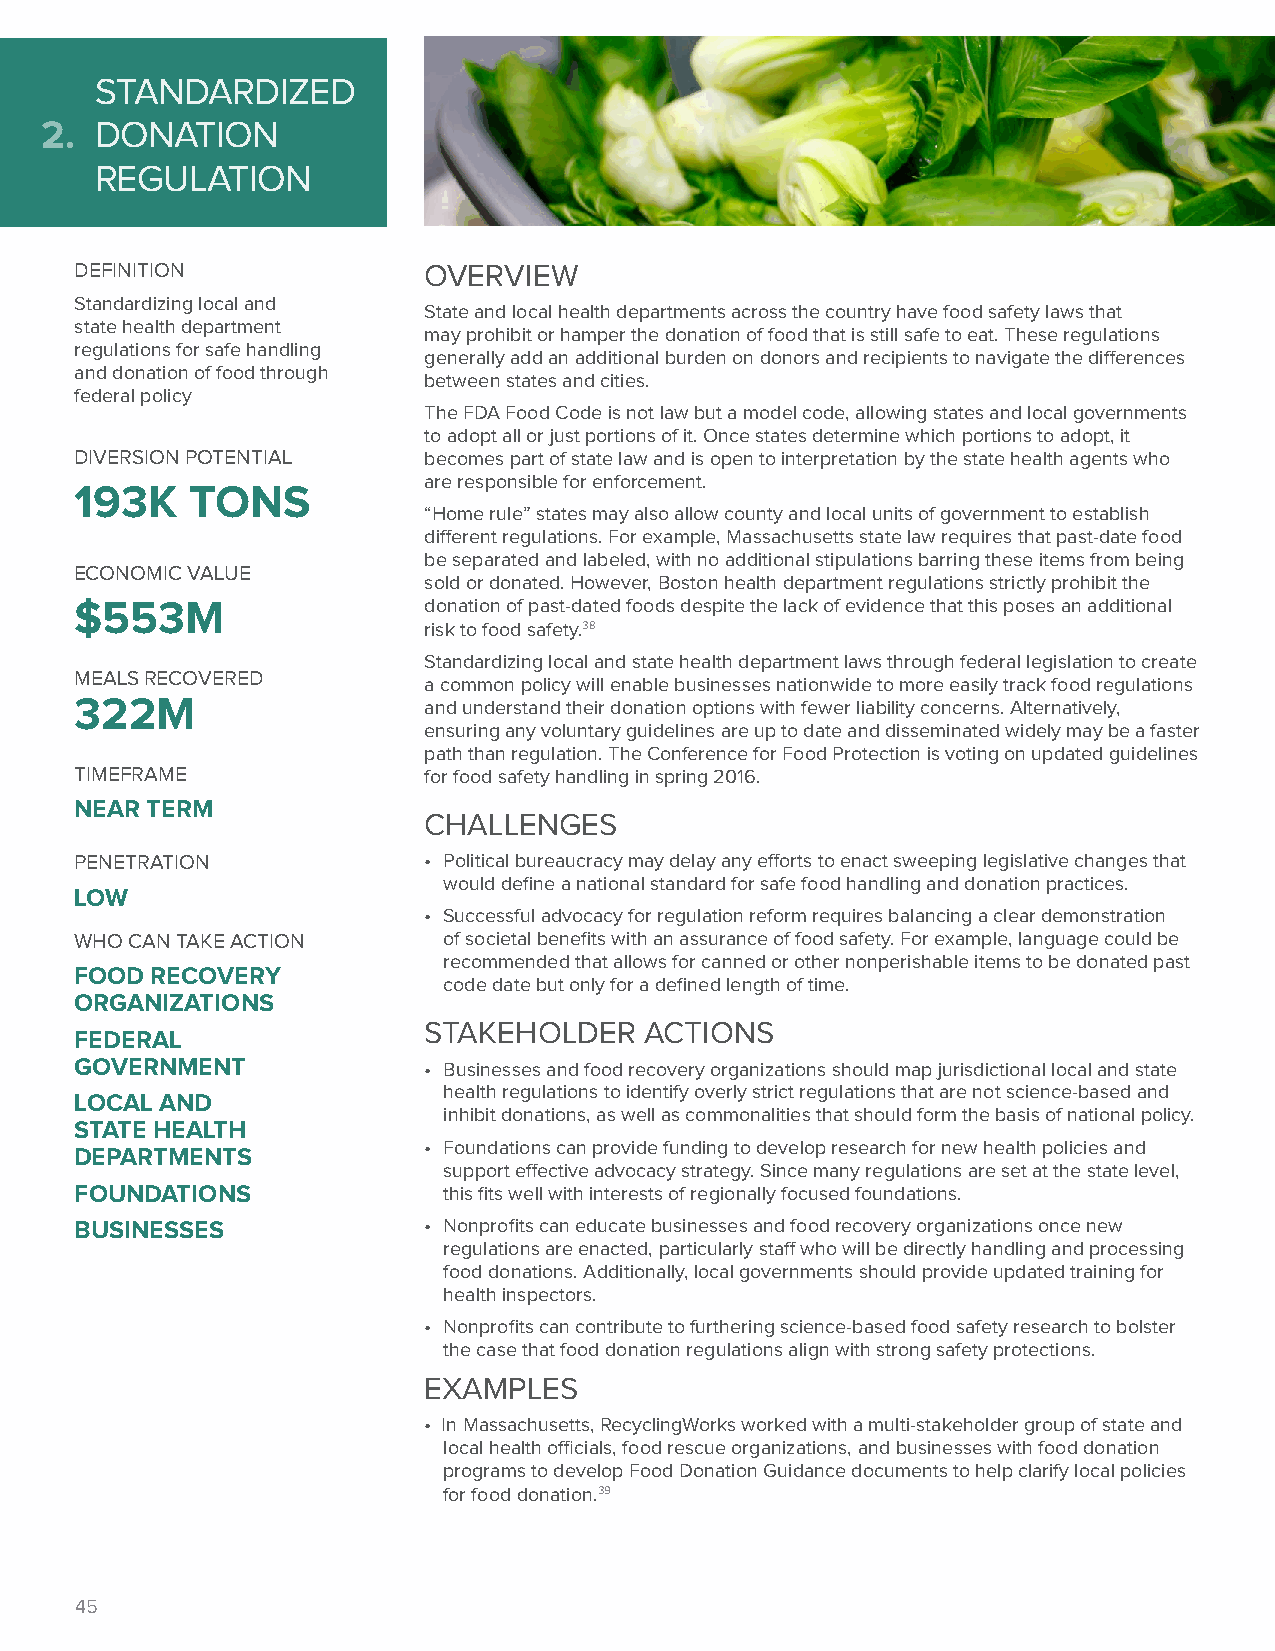
STANDARDIZED
 2. DONATION
 REGULATION
 DEFINITION             OVERVIEW
 Standardizing local and
 State and local health departments across the country have food safety laws that
 state health department
 may prohibit or hamper the donation of food that is still safe to eat. These regulations
 regulations for safe handling
 generally add an additional burden on donors and recipients to navigate the differences
 and donation of food through
 between states and cities.
 federal policy
 The FDA Food Code is not law but a model code, allowing states and local governments
 to adopt all or just portions of it. Once states determine which portions to adopt, it
 DIVERSION POTENTIAL    becomes part of state law and is open to interpretation by the state health agents who
 are responsible for enforcement.
 193K    TONS
 “Home rule” states may also allow county and local units of government to establish
 different regulations. For example, Massachusetts state law requires that past-date food
 be separated and labeled, with no additional stipulations barring these items from being
 ECONOMIC VALUE
 sold or donated. However, Boston health department regulations strictly prohibit the
 $553M                  donation of past-dated foods despite the lack of evidence that this poses an additional
 risk to food safety.38
 Standardizing local and state health department laws through federal legislation to create
 MEALS RECOVERED
 a common policy will enable businesses nationwide to more easily track food regulations
 322M                   and understand their donation options with fewer liability concerns. Alternatively,
 ensuring any voluntary guidelines are up to date and disseminated widely may be a faster
 path than regulation. The Conference for Food Protection is voting on updated guidelines
 TIMEFRAME              for food safety handling in spring 2016.
 NEAR TERM
 CHALLENGES
 PENETRATION            • Political bureaucracy may delay any efforts to enact sweeping legislative changes that
 would define a national standard for safe food handling and donation practices.
 LOW
 • Successful advocacy for regulation reform requires balancing a clear demonstration
 WHO CAN TAKE ACTION     of societal benefits with an assurance of food safety. For example, language could be
 recommended that allows for canned or other nonperishable items to be donated past
 FOOD RECOVERY
 code date but only for a defined length of time.
 ORGANIZATIONS
 STAKEHOLDER    ACTIONS
 FEDERAL
 GOVERNMENT             • Businesses and food recovery organizations should map jurisdictional local and state
 health regulations to identify overly strict regulations that are not science-based and
 LOCAL AND
 inhibit donations, as well as commonalities that should form the basis of national policy.
 STATE HEALTH
 • Foundations can provide funding to develop research for new health policies and
 DEPARTMENTS
 support effective advocacy strategy. Since many regulations are set at the state level,
 FOUNDATIONS             this fits well with interests of regionally focused foundations.
 BUSINESSES             • Nonprofits can educate businesses and food recovery organizations once new
 regulations are enacted, particularly staff who will be directly handling and processing
 food donations. Additionally, local governments should provide updated training for
 health inspectors.
 • Nonprofits can contribute to furthering science-based food safety research to bolster
 the case that food donation regulations align with strong safety protections.
 EXAMPLES
 • In Massachusetts, RecyclingWorks worked with a multi-stakeholder group of state and
 local health officials, food rescue organizations, and businesses with food donation
 programs to develop Food Donation Guidance documents to help clarify local policies
 for food donation.39
 45